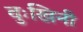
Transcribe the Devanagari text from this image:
दुःखिनी